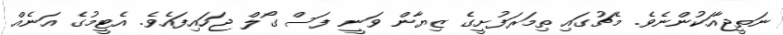
ނަތީޖާއަކުންނެވެ. މެޗުގައި ތިމަރަފުށީގެ ޒިޔާން ވަނީ ފަސް ގޯލް ޖަހައިފައެވެ. އެޓީމުގެ އަނެއް